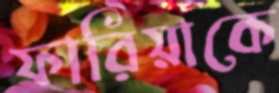
ফারিয়াকে